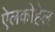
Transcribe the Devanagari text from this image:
ऐलकोहेल